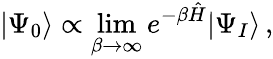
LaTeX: |\Psi_{0}\rangle\propto\underset{\beta\to\infty}{\operatorname*{lim}}e^{-\beta\hat{H}}|\Psi_{I}\rangle\, ,